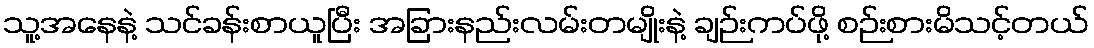
သူ့အနေနဲ့ သင်ခန်းစာယူပြီး အခြားနည်းလမ်းတမျိုးနဲ့ ချဉ်းကပ်ဖို့ စဉ်းစားမိသင့်တယ်